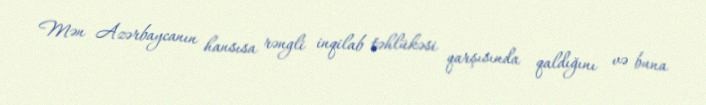
Mən Azərbaycanın hansısa rəngli inqilab təhlükəsi qarşısında qaldığını və buna